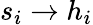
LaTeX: s_{i}\to h_{i}